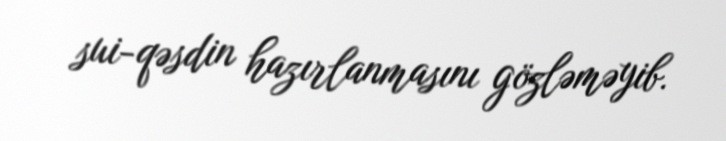
sui-qəsdin hazırlanmasını gözləməyib.